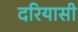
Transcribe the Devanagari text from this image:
दरियासी